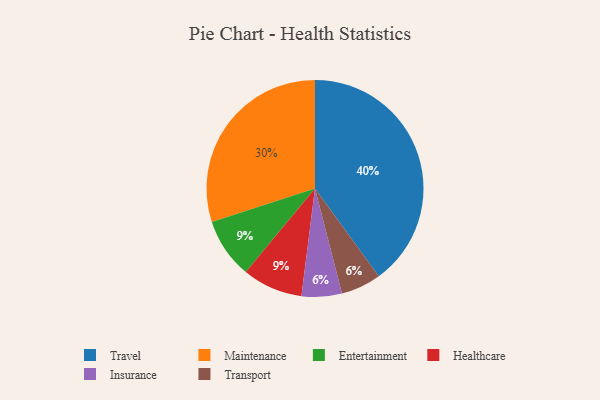
{"axis": {"x": "Category", "y": "Percentage"}, "legend": ["Entertainment", "Healthcare", "Insurance", "Maintenance", "Transport", "Travel"], "data": [{"x": "Insurance", "y": 6, "type": "Insurance"}, {"x": "Entertainment", "y": 9, "type": "Entertainment"}, {"x": "Healthcare", "y": 9, "type": "Healthcare"}, {"x": "Travel", "y": 40, "type": "Travel"}, {"x": "Maintenance", "y": 30, "type": "Maintenance"}, {"x": "Transport", "y": 6, "type": "Transport"}]}